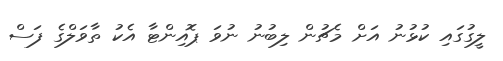
ލީގުގައި ކުޅުނު އަށް މެޗުން ލިބުނު ނުވަ ޕޮއިންޓާ އެކު ތާވަލްގެ ފަސް